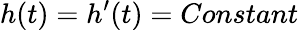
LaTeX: h(t)=h^{\prime}(t)=Constant